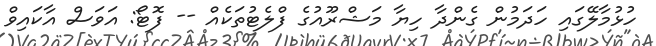
ހުޅުމާލޭގައި ހަދަމުން ގެންދާ ހިޔާ މަޝްރޫއުގެ ފްލެޓުތަކެއް -- ފޮޓޯ: އަވަސް އާކައިވް